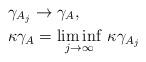
LaTeX: \begin{align*}&\gamma_{A_j}\to\gamma_A,\\&\kappa\gamma_A=\liminf_{j\to\infty}\,\kappa\gamma_{A_j}\end{align*}